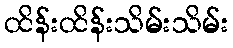
ထိန်းထိန်းသိမ်းသိမ်း